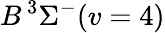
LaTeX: B\, {}^{3}\Sigma^{-}(v=4)